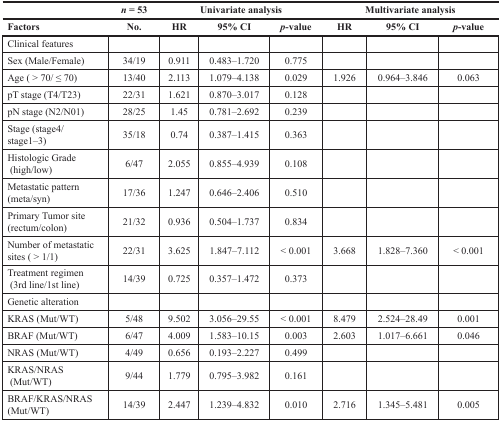
<table><thead><tr><td></td><td><b><i>n</i> = 53</b></td><td colspan="3"><b>Univariate analysis</b></td><td colspan="3"><b>Multivariate analysis</b></td></tr><tr><td><b>Factors</b></td><td><b>No.</b></td><td><b>HR</b></td><td><b>95% CI</b></td><td><b><i>p</i>-value</b></td><td><b>HR</b></td><td><b>95% CI</b></td><td><b><i>p</i>-value</b></td></tr></thead><tbody><tr><td>Clinical features</td><td></td><td></td><td></td><td></td><td></td><td></td><td></td></tr><tr><td>Sex (Male/Female)</td><td>34/19</td><td>0.911</td><td>0.483–1.720</td><td>0.775</td><td></td><td></td><td></td></tr><tr><td>Age (&gt; 70/≤ 70)</td><td>13/40</td><td>2.113</td><td>1.079–4.138</td><td>0.029</td><td>1.926</td><td>0.964–3.846</td><td>0.063</td></tr><tr><td>pT stage (T4/T23)</td><td>22/31</td><td>1.621</td><td>0.870–3.017</td><td>0.128</td><td></td><td></td><td></td></tr><tr><td>pN stage (N2/N01)</td><td>28/25</td><td>1.45</td><td>0.781–2.692</td><td>0.239</td><td></td><td></td><td></td></tr><tr><td>Stage (stage4/stage1–3)</td><td>35/18</td><td>0.74</td><td>0.387–1.415</td><td>0.363</td><td></td><td></td><td></td></tr><tr><td>Histologic Grade (high/low)</td><td>6/47</td><td>2.055</td><td>0.855–4.939</td><td>0.108</td><td></td><td></td><td></td></tr><tr><td>Metastatic pattern (meta/syn)</td><td>17/36</td><td>1.247</td><td>0.646–2.406</td><td>0.510</td><td></td><td></td><td></td></tr><tr><td>Primary Tumor site (rectum/colon)</td><td>21/32</td><td>0.936</td><td>0.504–1.737</td><td>0.834</td><td></td><td></td><td></td></tr><tr><td>Number of metastatic sites (&gt; 1/1)</td><td>22/31</td><td>3.625</td><td>1.847–7.112</td><td>&lt; 0.001</td><td>3.668</td><td>1.828–7.360</td><td>&lt; 0.001</td></tr><tr><td>Treatment regimen (3rd line/1st line)</td><td>14/39</td><td>0.725</td><td>0.357–1.472</td><td>0.373</td><td></td><td></td><td></td></tr><tr><td>Genetic alteration</td><td></td><td></td><td></td><td></td><td></td><td></td><td></td></tr><tr><td>KRAS (Mut/WT)</td><td>5/48</td><td>9.502</td><td>3.056–29.55</td><td>&lt; 0.001</td><td>8.479</td><td>2.524–28.49</td><td>0.001</td></tr><tr><td>BRAF (Mut/WT)</td><td>6/47</td><td>4.009</td><td>1.583–10.15</td><td>0.003</td><td>2.603</td><td>1.017–6.661</td><td>0.046</td></tr><tr><td>NRAS (Mut/WT)</td><td>4/49</td><td>0.656</td><td>0.193–2.227</td><td>0.499</td><td></td><td></td><td></td></tr><tr><td>KRAS/NRAS (Mut/WT)</td><td>9/44</td><td>1.779</td><td>0.795–3.982</td><td>0.161</td><td></td><td></td><td></td></tr><tr><td>BRAF/KRAS/NRAS (Mut/WT)</td><td>14/39</td><td>2.447</td><td>1.239–4.832</td><td>0.010</td><td>2.716</td><td>1.345–5.481</td><td>0.005</td></tr></tbody></table>